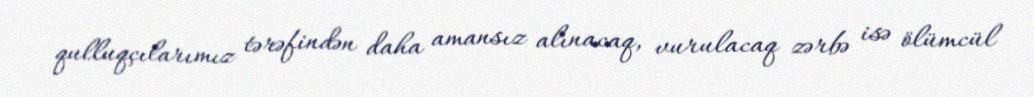
qulluqçılarımız tərəfindən daha amansız alınacaq, vurulacaq zərbə isə ölümcül